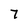
Character: 7